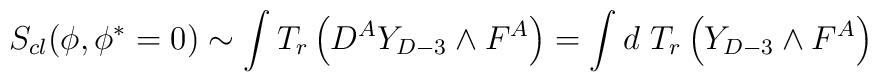
S_{cl}(\phi,\phi^*=0) \sim \int T_r\left(D^AY_{D-3}\wedge F^A\right)=\int d\ T_r\left(Y_{D-3}\wedge F^A\right)